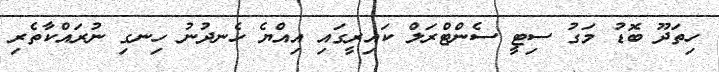
ހިތަދޫ ބޮޑު މަގު ސިޓީ ސެންޓްރަލް ކައިރީގައި އިއްޔެ ހެނދުނު ހިނގި ނުރައްކާތެރި